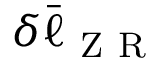
\delta \Bar { \ell } _ { \mathrm { ~ Z ~ R ~ } }